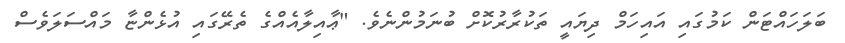
ބަލަހައްޓަން ކަމުގައި އައިހަމް ދިޔައީ ތަކުރާރުކޮށް ބުނަމުންނެވެ. "ޢާއިލާއެއްގެ ތެރޭގައި އުޅެންޏާ މައްސަލަވެސް